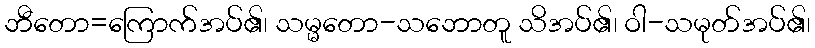
ဘီတော=ကြောက်အပ်၏၊ သမ္မတော-သဘောတူ သိအပ်၏၊ ဝါ-သမုတ်အပ်၏၊